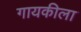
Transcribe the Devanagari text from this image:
गायकीला